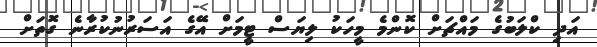
އަދި ކްލަބުގެ މައްޗަށް ކޮންމެ މީހަކު ލިޔަސް ޓީމަށް އޭގެ އަސަރުނުކުރާނެ ގޮތަށް